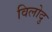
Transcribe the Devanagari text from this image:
विलोदु